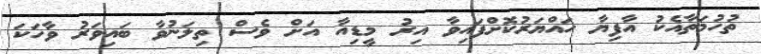
ތުހުމަތާއެކު އާފިޔާ ހައްޔަރުކޮށްފައިވާ އިރު މީޑިއާ އަށް ވެސް ތިލަނުވާ ބައިވަރު ވާހަކަ